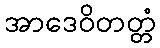
အာဒေဝိတတ္တံ